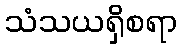
သံသယရှိစရာ